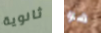
ثانوية هو